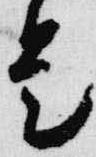
是